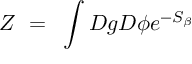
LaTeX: Z ~ = ~ \int { \cal D } g { \cal D } \phi e ^ { - S _ { \beta } }